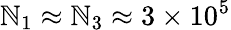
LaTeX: \mathbb{N}_{1}\approx\mathbb{N}_{3}\approx3\times10^{5}